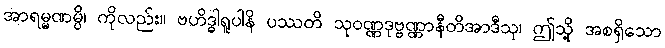
အာရမ္မဏမ္ပိ၊ ကိုလည်း။ ဗဟိဒ္ဓါရူပါနိ ပဿတိ သုဝဏ္ဏဒုဗ္ဗဏ္ဏာနီတိအာဒီသု၊ ဤသို့ အစရှိသော